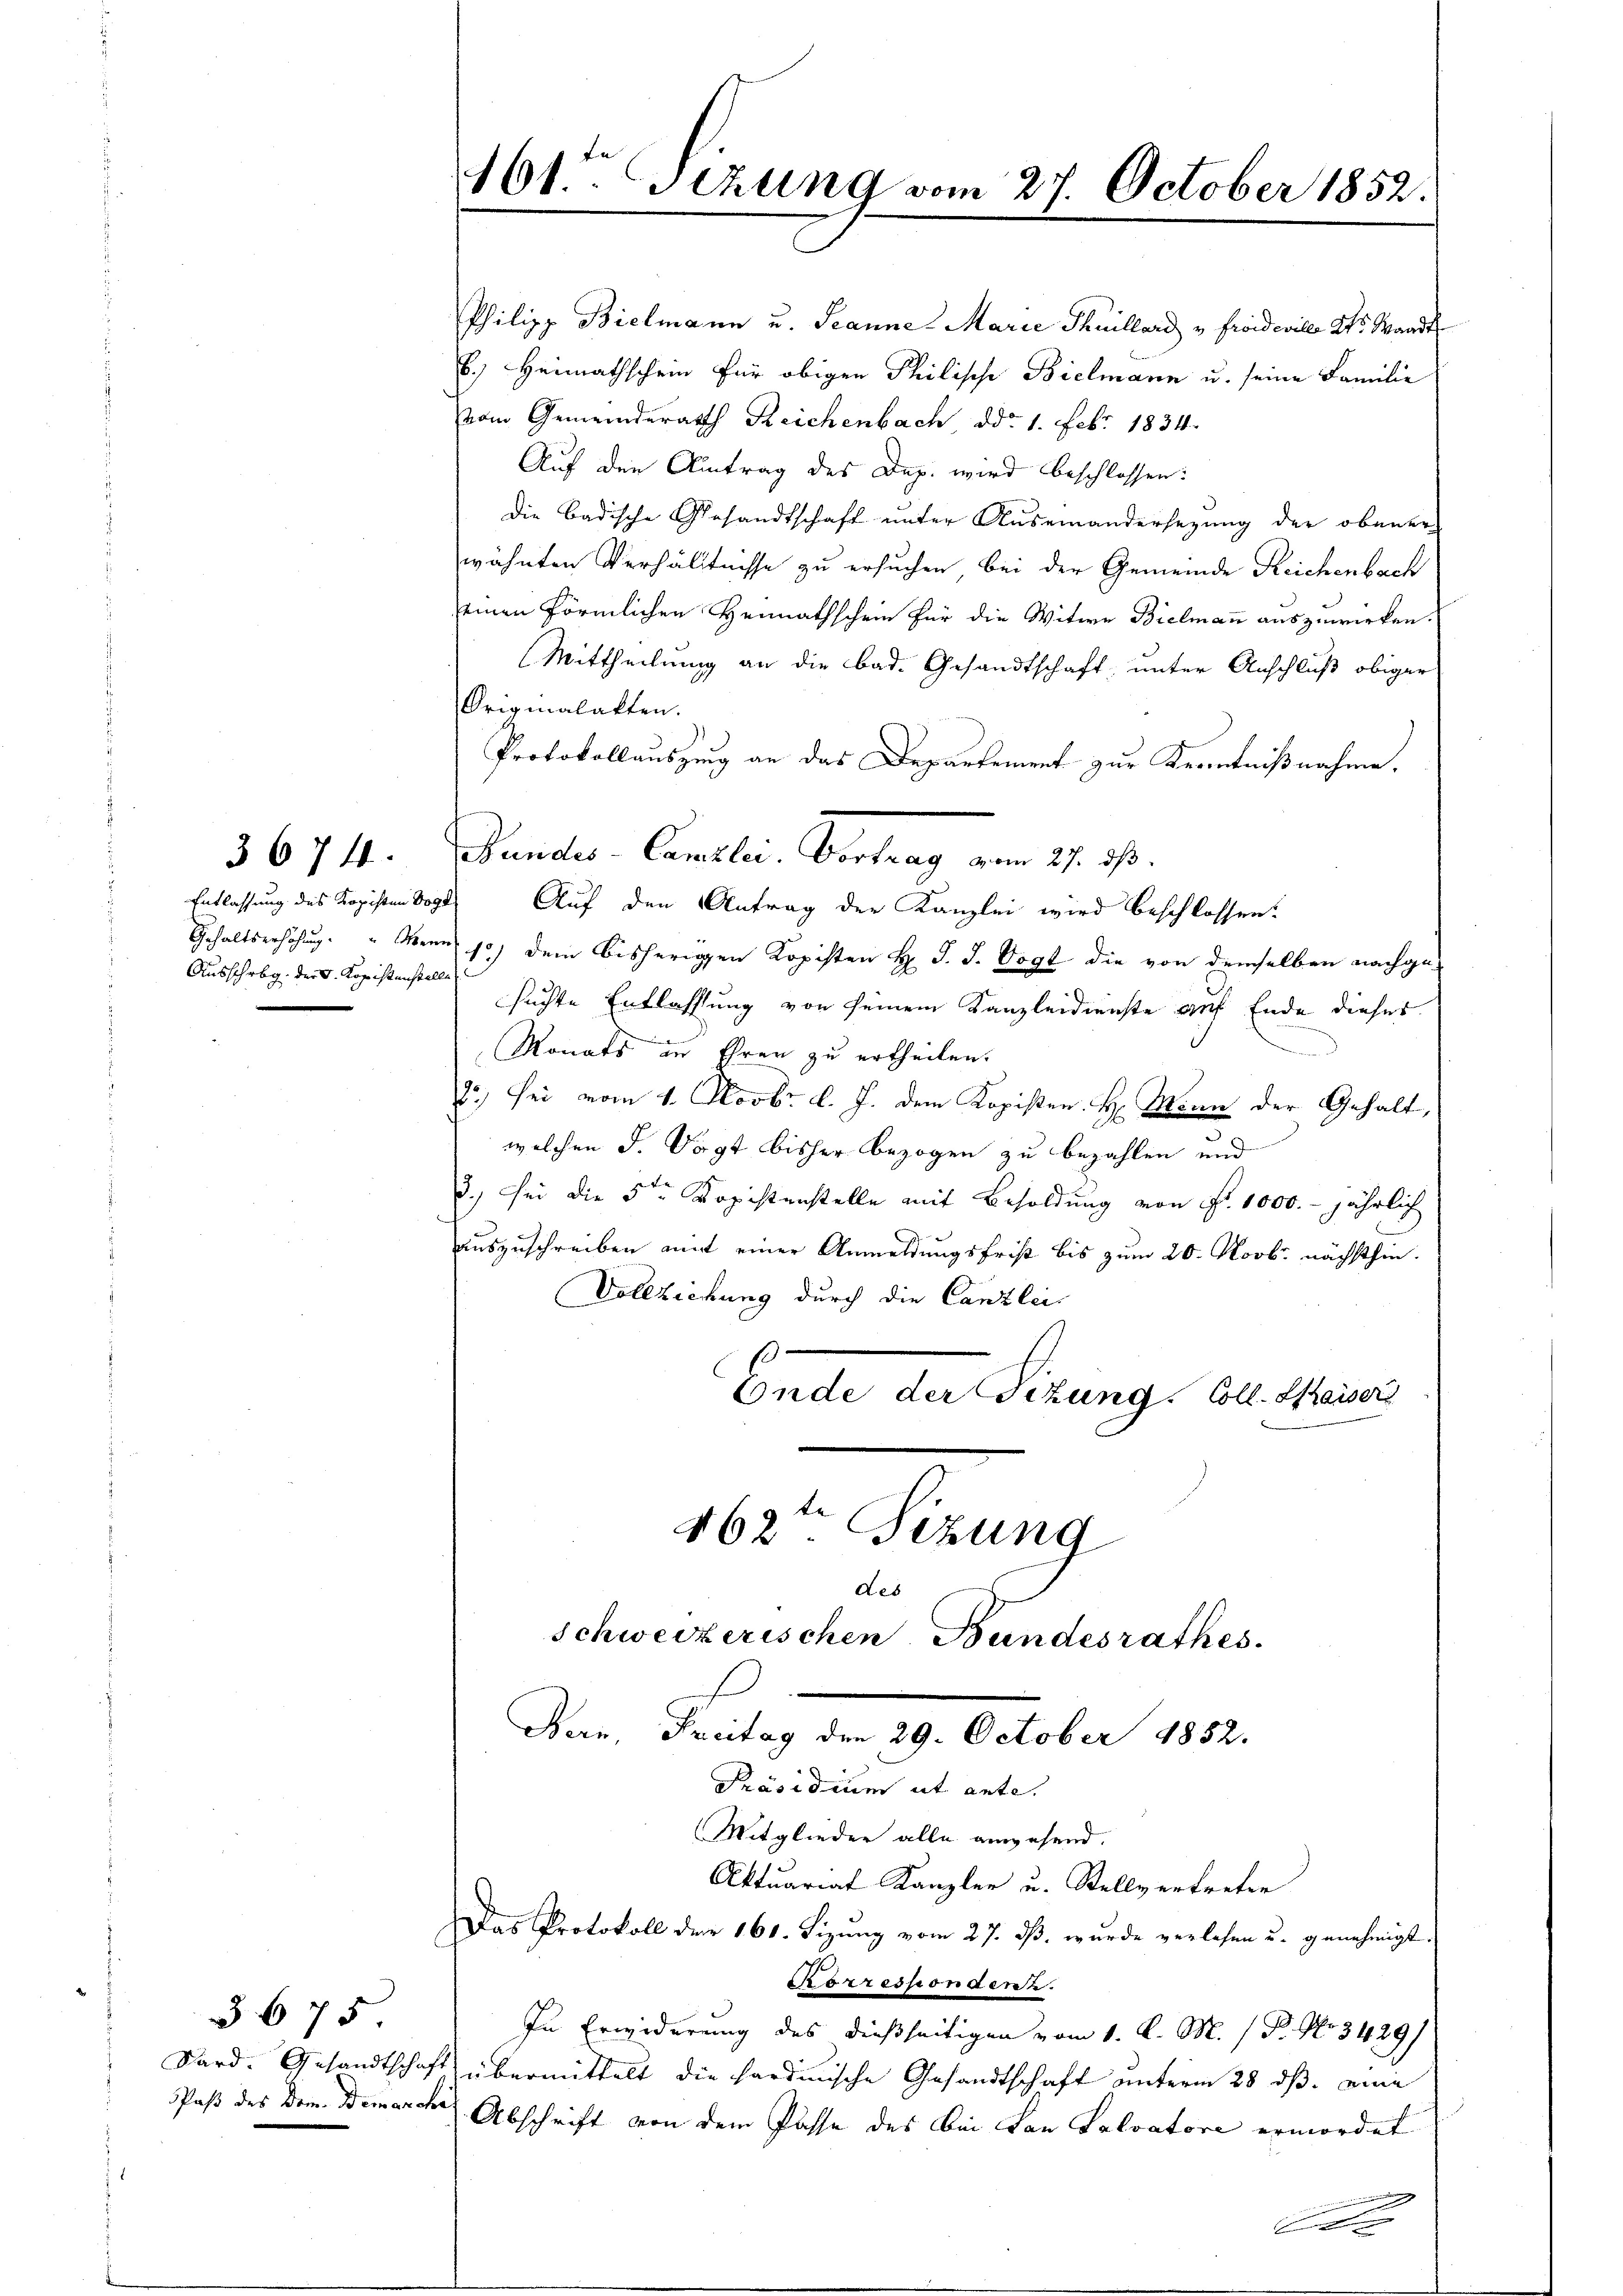
.

Ausschrbg. der S. Kopistenstelle

3675

161. Gezung vom 27. October 1852.

Philipp Bielmann u. Jeanne Marie Thuillard u Froideville Kts. Waadt
6.) Heimathschein für obigen Philische Bielmann u. seine Familie
vom Gemeinderath Reichenbach ddo 1. Febr. 1834.
Auf den Antrag des Dep. wird beschlossen:
die Badische Gesandtschaft unter Auseinandersezung der obener-
wähnten Verhältnisse zu ersuchen bei der Gemeinde Reichenbach
einen förmlichen Heimathschein für die Witwe Bielmann auszuwirken.
Mittheilung an die bad. Gesandtschaft, unter Anschluß obiger
Originalakten.
Protokollauszung an das Departement zur Kenntnißnahme.
Entlassung des Kopisten Vogt. Auf den Antrag der Kanzlei wird beschlossen:
Gehaltserhöhung.  Mann 1) dem bisherigen Kopisten H. J. J. Vogt die von demselben nachgesuchte Entlassung von seinem Kanzleidienste auf Ende dieses
Monats an Ehren zu ertheilen.
2.) Sei vom 1. Novbr. l. J. dem Kopisten H. Mann der Gehalt,
welchen d. Vogt bisher bezogen zu bezahlen und
d.) sei die 5ten Kopistenstelle mit Besoldung von Fr. 1000.- jährlich
auszuschreiben amit einer Anmeldungsfrist bis zum 20. Novbr. nächsthin.
Vollziehung durch die Canzlei
.
Ende der Tizung. Coll. Kaiser
462ten Sizung
des
Schweizerischen Bundesrathes.
Bern, Freitag den 29. October 1852.
Präsidium ut ante.
Mitglieder alle angehend.
Aktuariat Kanzler u. Stellvertreten
Das Protokoll der 160. Sizung vom 27. ds. wurde verlesen u. genehmigt.
Korrespondente.
In Erwiderung des dießseitigen vom 1. d. M. / P. No 3429/
Sard. Gesandtschaft übermittelt die hardinische Gesandtschaft unterm 28. ds. eine
Paß des Dom. Demarche Abschrift von dem Pässe des bei Lan Salvatore ermordet
d

3674. Bundes-Canzlei- Vortrag vom 27. ds.